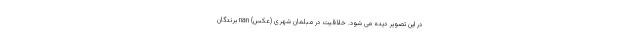
در این تصویر دیده می شود. خلاقیت در مبلمان شهری (عکس) nan برندگان